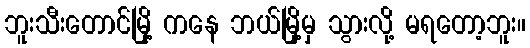
ဘူးသီးတောင်မြို့ ကနေ ဘယ်မြို့မှ သွားလို့ မရတော့ဘူး။